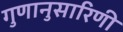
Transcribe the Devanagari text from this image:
गुणानुसारिणी